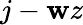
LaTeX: j-\mathbf{w}z